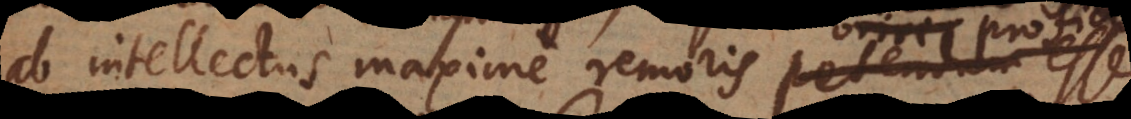
ab intellectus maxime remoris petendum esse